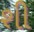
શી